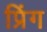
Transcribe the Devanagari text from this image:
प्रिंग